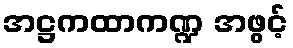
အဋ္ဌကထာကဏ္ဍ အဖွင့်